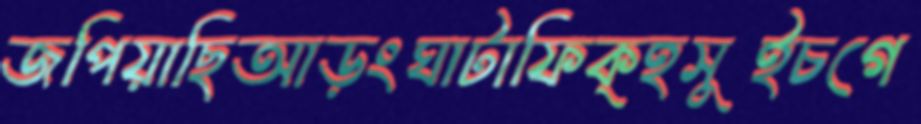
জপিয়াছিআড়ংঘাটাফিক্হসুইচগে